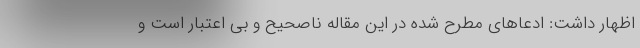
اظهار داشت: ادعاهای مطرح شده در این مقاله ناصحیح و بی اعتبار است و